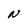
Character: N